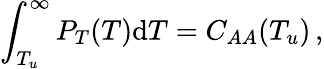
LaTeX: \int_{T_{u}}^{\infty}P_{T}(T)\mathrm{d}T=C_{AA}(T_{u})\, ,